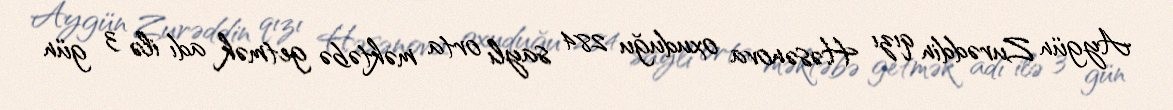
Aygün Zurəddin qızı Həsənova oxuduğu 284 saylı orta məktəbə getmək adı ilə 3 gün